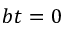
b t = 0